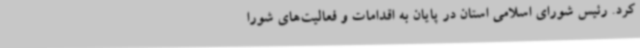
کرد. رئیس شورای اسلامی استان در پایان به اقدامات و فعالیت‌های شورا